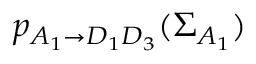
p _ { A _ { 1 } \rightarrow D _ { 1 } D _ { 3 } } ( \Sigma _ { A _ { 1 } } )